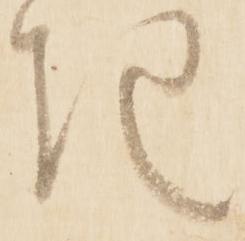
き